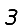
Digit: 3